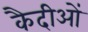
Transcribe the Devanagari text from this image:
कैदीओं